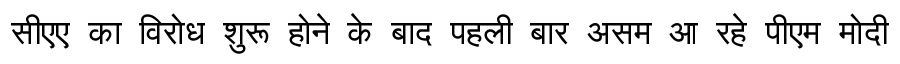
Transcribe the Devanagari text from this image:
सीएए का विरोध शुरू होने के बाद पहली बार असम आ रहे पीएम मोदी